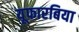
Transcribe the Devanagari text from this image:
यूफारबिया